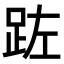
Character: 𮛏